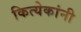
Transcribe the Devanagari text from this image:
कित्येकांनी